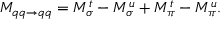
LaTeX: M _ { q q \rightarrow q q } = M _ { \sigma } ^ { t } - M _ { \sigma } ^ { u } + M _ { \pi } ^ { t } - M _ { \pi } ^ { u } .